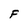
Character: F